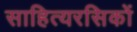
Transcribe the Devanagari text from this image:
साहित्यरसिकों